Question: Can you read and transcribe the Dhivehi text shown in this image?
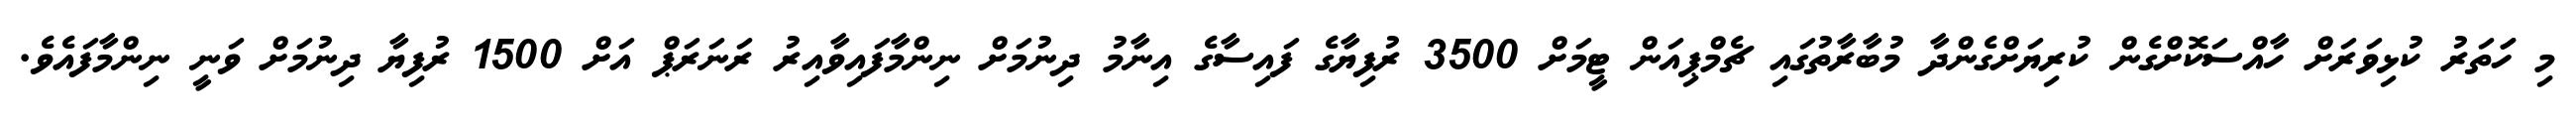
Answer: މި ހަަތަރު ކުޅިވަރަށް ހާއްސަކޮށްގެން ކުރިޔަށްގެންދާ މުބާރާތުގައި ޗެމްޕިއަން ޓީމަށް 3500 ރުފިޔާގެ ފައިސާގެ އިނާމު ދިނުމަށް ނިންމާފައިވާއިރު ރަނަރަޕް އަށް 1500 ރުފިޔާ ދިނުމަށް ވަނީ ނިންމާފައެވެ.